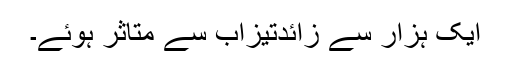
ایک ہزار سے زائدتیزاب سے متاثر ہوئے۔